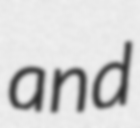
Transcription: and